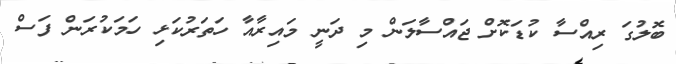
ބޮލުގަ ރިއްސާ ކުޑަކޮށް ޖައްސާލަން މި ދަނީ މައިރާއާ ހަތަރުކަޅި ހަމަކުރަން ފަސް